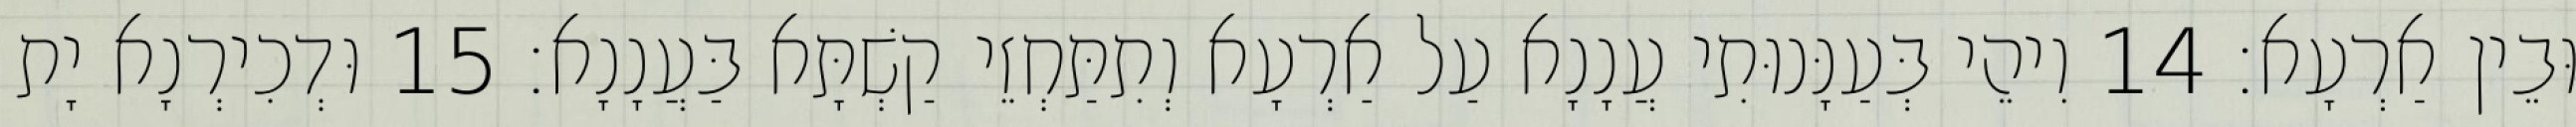
וּבֵין אַרְעָא׃ 14 וִיהֵי בְּעַנָּנוּתִי עֲנָנָא עַל אַרְעָא וְתִתַּחְזֵי קַשְׁתָּא בַּעֲנָנָא׃ 15 וּדְכִירְנָא יָת